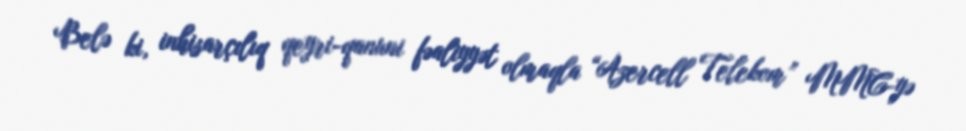
Belə ki, inhisarçılıq qeyri-qanuni fəaliyyət olmaqla “Azercell Telekom” MMC-yə